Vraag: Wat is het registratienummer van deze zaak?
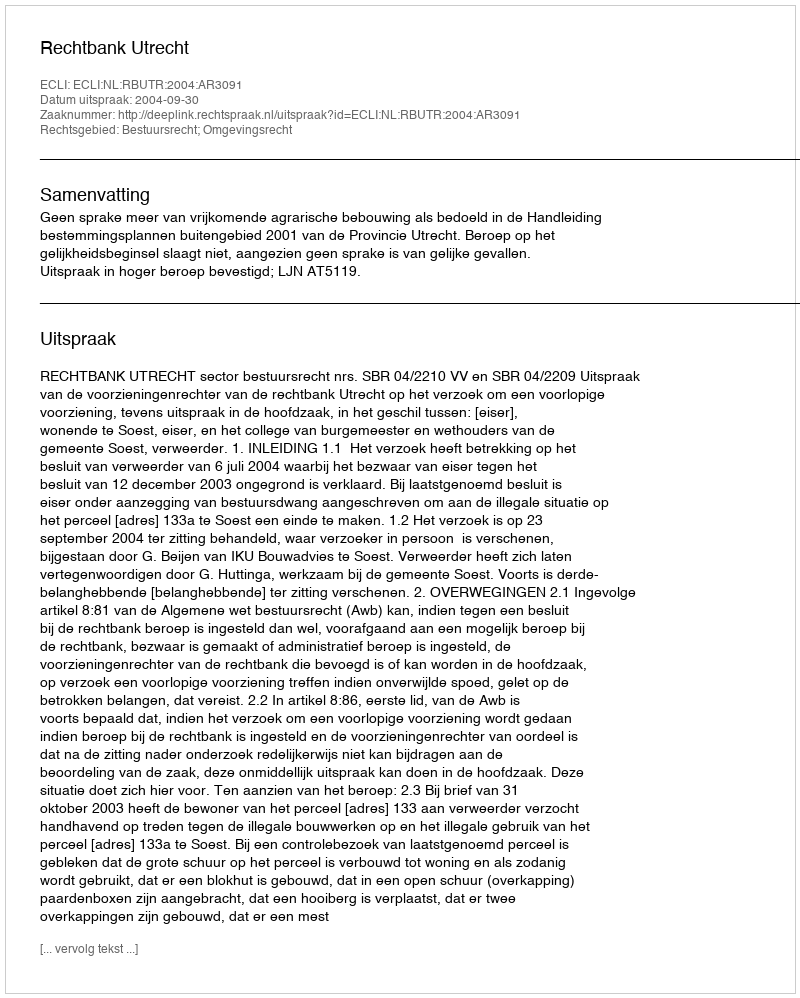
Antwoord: http://deeplink.rechtspraak.nl/uitspraak?id=ECLI:NL:RBUTR:2004:AR3091